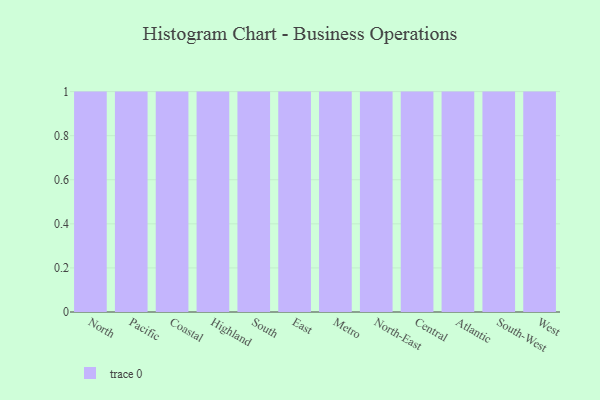
{"axis": {"x": "Region", "y": "Customer Acquisition Cost (USD)"}, "legend": [""], "data": [{"x": "North", "y": 64, "type": ""}, {"x": "Pacific", "y": 33, "type": ""}, {"x": "Coastal", "y": 94, "type": ""}, {"x": "Highland", "y": 34, "type": ""}, {"x": "South", "y": 30, "type": ""}, {"x": "East", "y": 71, "type": ""}, {"x": "Metro", "y": 86, "type": ""}, {"x": "North-East", "y": 73, "type": ""}, {"x": "Central", "y": 59, "type": ""}, {"x": "Atlantic", "y": 4, "type": ""}, {"x": "South-West", "y": 38, "type": ""}, {"x": "West", "y": 32, "type": ""}]}